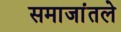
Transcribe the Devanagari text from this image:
समाजांतले